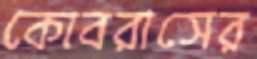
কোবরাসের